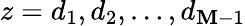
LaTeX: z=d_{1},d_{2},…,d_{\mathbf{M}-1}